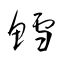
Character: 鱈